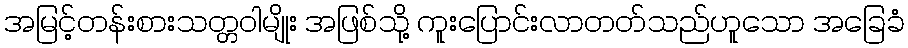
အမြင့်တန်းစားသတ္တဝါမျိုး အဖြစ်သို့ ကူးပြောင်းလာတတ်သည်ဟူသော အခြေခံ